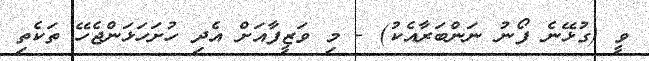
ވީ (ގުޅޭނެ ފޯނު ނަންބަރާއެކު) - މި ވަޒީފާއަށް އެދި ހުށަހަޅަންޖެހޭ ތަކެތި